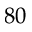
8 0